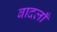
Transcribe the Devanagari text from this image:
बादलाँ